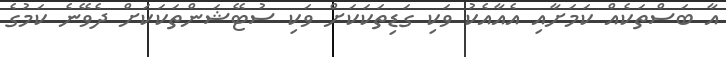
އާ ބަސްތަކެއް ކަމަށާއި އެއާއެކު ވަކި ގަޑިތަކަކަށް ވަކި ސުޓޭޝަންތަކަކަށް ދެވޭނެ ކަމުގެ